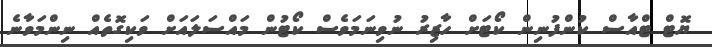
ޔޮޓް ޓްއާސް ކުންފުނިން ކޯޓަށް ހާޒިރު ނުވިނަމަވެސް ކޯޓުން މައްސަލައަށް ވަކިގޮތެއް ނިންމަވާނެ